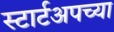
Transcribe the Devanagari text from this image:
स्टार्टअपच्या